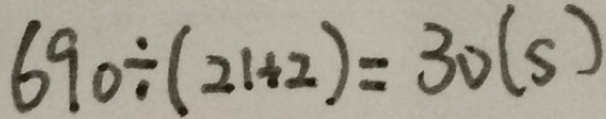
6 9 0 \div ( 2 1 + 2 ) = 3 0 ( s )